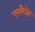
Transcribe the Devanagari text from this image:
एनगैजेट